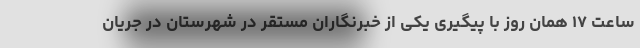
ساعت ۱۷ همان روز با پیگیری یکی از خبرنگاران مستقر در شهرستان در جریان